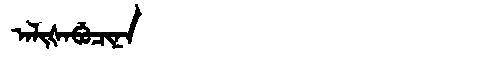
Manchu: ᠠᠯᡳᡧᠠᠪᡠᠴᡳᠨᠠ
Romanization: ALIŠABUCINA